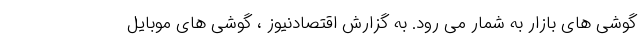
گوشی های بازار به شمار می رود. به گزارش اقتصادنیوز ، گوشی های موبایل